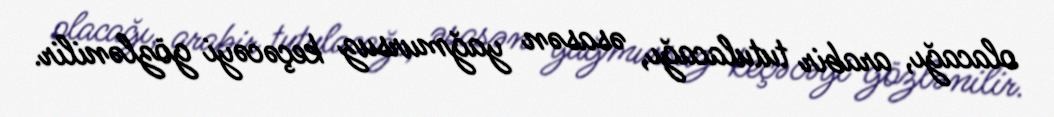
olacağı, arabir tutulacağı, əsasən yağmursuz keçəcəyi gözlənilir.